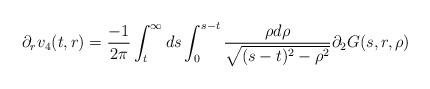
LaTeX: \begin{align*} \partial_{r}v_{4}(t,r) = \frac{-1}{2\pi} \int_{t}^{\infty} ds \int_{0}^{s-t}\frac{\rho d\rho}{\sqrt{(s-t)^{2}-\rho^{2}}} \partial_{2}G(s,r,\rho)\end{align*}